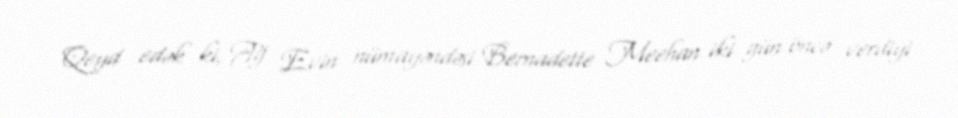
Qeyd edək ki, Ağ Evin nümayəndəsi Bernadette Meehan iki gün öncə verdiyi